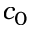
c _ { 0 }